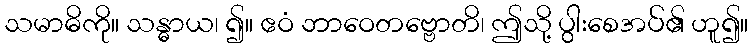
သမာဓိကို။ သန္ဓာယ၊ ၍။ ဧဝံ ဘာဝေတဗ္ဗောတိ၊ ဤသို့ ပွါးစေအပ်၏ ဟူ၍။